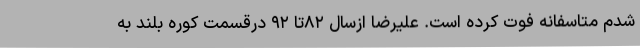
شدم متاسفانه فوت کرده است. علیرضا ازسال ۸۲تا ۹۲ درقسمت کوره بلند به